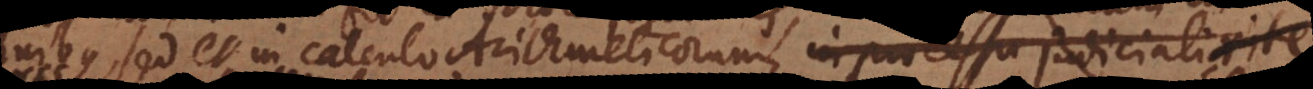
sed et in calculo Arithmeticorum, in processu judiciali rite